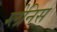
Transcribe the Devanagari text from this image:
ग्लेनिस